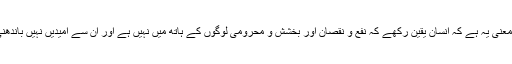
توکل کا معنی یہ ہے کہ انسان یقین رکھے کہ نفع و نقصان اور بخشش و محرومی لوگوں کے ہاتھ میں نہیں ہے اور ان سے امیدیں نہیں باندھنی چاہئیں۔